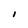
Character: I